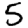
Digit: 5